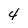
Character: 4